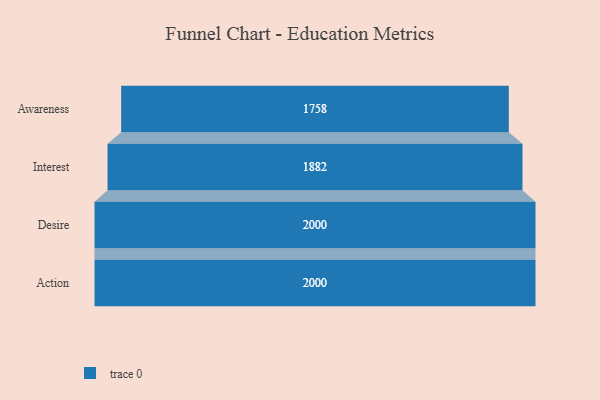
{"axis": {"x": "Stage", "y": "Value"}, "legend": [""], "data": [{"x": "Awareness", "y": 1758.0, "type": ""}, {"x": "Interest", "y": 1882.0, "type": ""}, {"x": "Desire", "y": 2000, "type": ""}, {"x": "Action", "y": 2000, "type": ""}]}